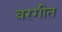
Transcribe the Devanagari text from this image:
वरगीत